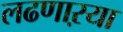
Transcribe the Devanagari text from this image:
लढणाऱया